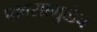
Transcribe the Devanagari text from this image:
पावसामुळेच